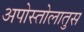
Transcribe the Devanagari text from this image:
अपोस्तोलातुस